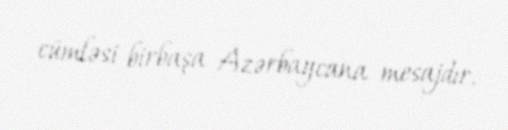
cümləsi birbaşa Azərbaycana mesajdır.